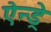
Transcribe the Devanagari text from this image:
ऐन्ड्रे